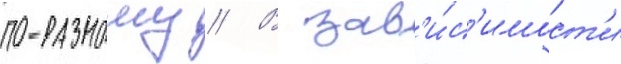
по-разному // В зав'и́с'имост'и